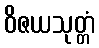
ဝိဇယသုတ္တံ